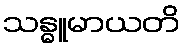
သန္ဓူမာယတိ